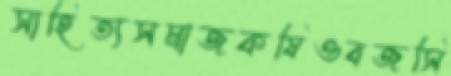
সাহিত্যসমাজকষিওবজসি